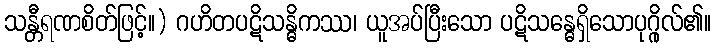
သန္တီရဏစိတ်ဖြင့်။) ဂဟိတပဋိသန္ဓိကဿ၊ ယူအပ်ပြီးသော ပဋိသန္ဓေရှိသောပုဂ္ဂိုလ်၏။